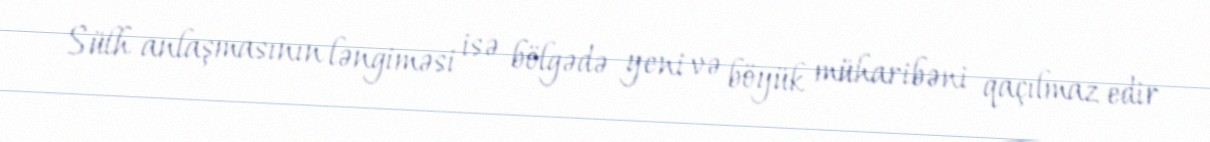
Sülh anlaşmasının ləngiməsi isə bölgədə yeni və böyük müharibəni qaçılmaz edir